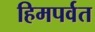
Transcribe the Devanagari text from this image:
हिमपर्वत